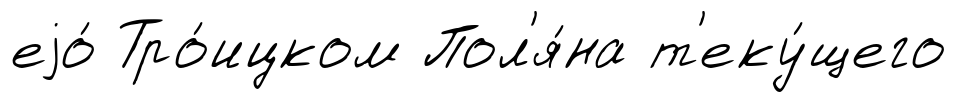
еjо́ Тро́ицком Пол'я́на т'еку́щего